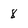
Character: 8